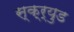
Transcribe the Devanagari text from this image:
स्क्र्युड